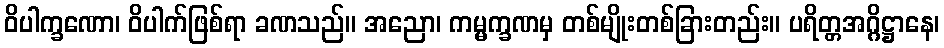
ဝိပါက္ခဏော၊ ဝိပါက်ဖြစ်ရာ ခဏသည်။ အညော၊ ကမ္မက္ခဏမှ တစ်မျိုးတစ်ခြားတည်း။ ပရိတ္တအဂ္ဂိဋ္ဌာနေ၊